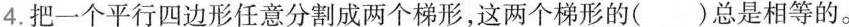
4. 把一个平行四边形任意分割成两个梯形，这两个梯形的( )总是相等的。